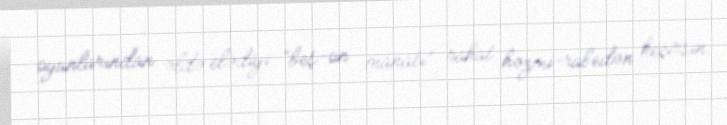
oyunlarından əldə elədiyi “beş-on manatı” rahat həzmi-rabedən keçirsin.